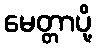
မေတ္တာပို့